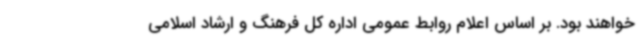
خواهند بود. بر اساس اعلام روابط عمومی اداره کل فرهنگ و ارشاد اسلامی